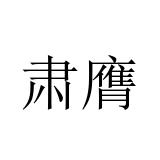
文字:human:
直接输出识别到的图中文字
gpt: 肃膺